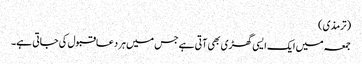
(ترمذی)
جمعہ میں ایک ایسی گھڑی بھی آتی ہے جس میں ہر دعاقبول کی جاتی ہے۔